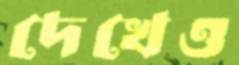
দেখেও